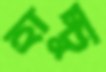
হাচ্চু